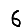
Digit: 6